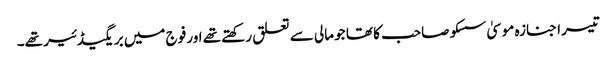
تیسرا جنازہ موسیٰ سسکو صاحب کا تھا جو مالی سے تعلق رکھتے تھے اور فوج میں بریگیڈئیر تھے۔